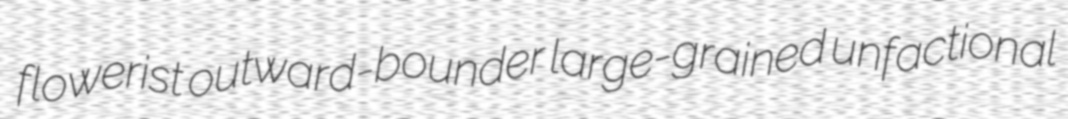
flowerist outward-bounder large-grained unfactional